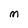
Character: M